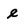
Character: e